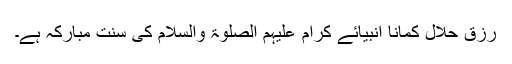
رزقِ حلال کمانا انبیائے کرام عَلَیْہِمُ الصَّلٰوۃُ وَالسَّلَام کی سنت مبارکہ ہے۔